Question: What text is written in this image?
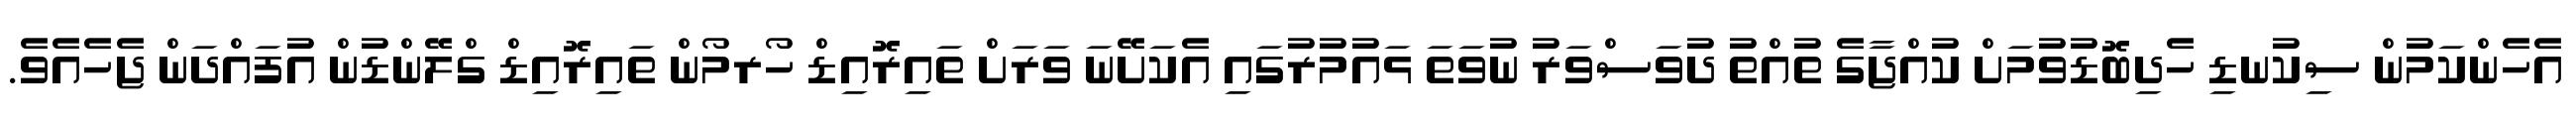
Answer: އެހެންކަމުން ސިކުނޑި ހެދިބޮޑުވުމަށް ކުއްޖާގެ ތުއްތު ދުވަސްވަރު ނުވަތަ ޅައުމުރުގައި އެކަށޭނަ ވަރަށް ތައިރޮއިޑް ހޯރމޯން ތައިރޮއިޑް ގްލޭންޑުން އުފައްދަން ޖެހެއެވެ.